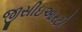
જીસીઇઆરટી